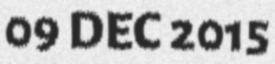
09 DEC 2015